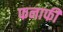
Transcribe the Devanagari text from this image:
फनाफी